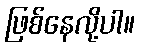
ဖြစ်နေလို့ပါ။